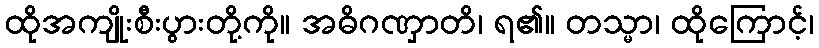
ထိုအကျိုးစီးပွားတို့ကို။ အဓိဂဏှာတိ၊ ရ၏။ တသ္မာ၊ ထိုကြောင့်၊